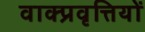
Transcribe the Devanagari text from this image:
वाक्प्रवृत्तियों